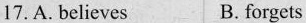
17. A. believe B. forgets